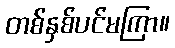
တစ်နှစ်ပင်မကြာ။